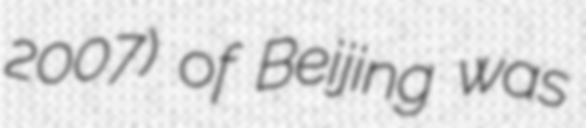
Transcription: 2007) of Beijing was